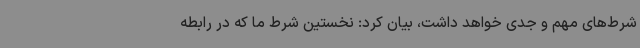
شرط‌های مهم و جدی خواهد داشت، بیان کرد: نخستین شرط ما که در رابطه